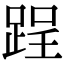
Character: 𨁎